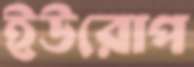
ইউরোপ